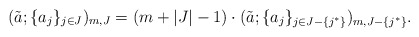
\begin{align*}(\tilde{a};\{a_j\}_{j\in J})_{m,J}=(m+|J|-1)\cdot(\tilde{a};\{a_j\}_{j\in J-\{j^*\}})_{m,J-\{j^*\}}.\end{align*}